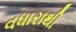
વધારાથી